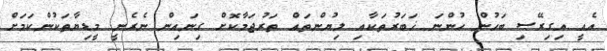
އެއީ އިގިރޭސި ބަހުން ހުންނަ ޚަބަރުތަކާއި ލިޔުންތައް ތަރުޖަމާކޮށް ގިނައިން ނެރެނީ މީޑިޔާތަކުންކަމަށް